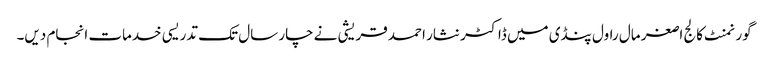
گورنمنٹ کالج اصغر مال راول پنڈی میں ڈاکٹر نثار احمد قریشی نے چار سال تک تدریسی خدمات انجام دیں۔